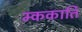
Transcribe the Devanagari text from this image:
म्ककार्ति